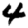
Digit: 4